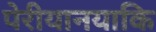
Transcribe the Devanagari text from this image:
पेरीयानयाकि